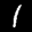
Label: 1